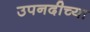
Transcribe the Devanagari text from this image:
उपनदीच्या